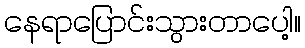
နေရာပြောင်းသွားတာပေါ့။